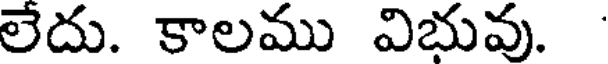
లేదు. కాలము విభువు.